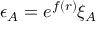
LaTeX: \epsilon _ { A } = e ^ { f ( r ) } \xi _ { A }